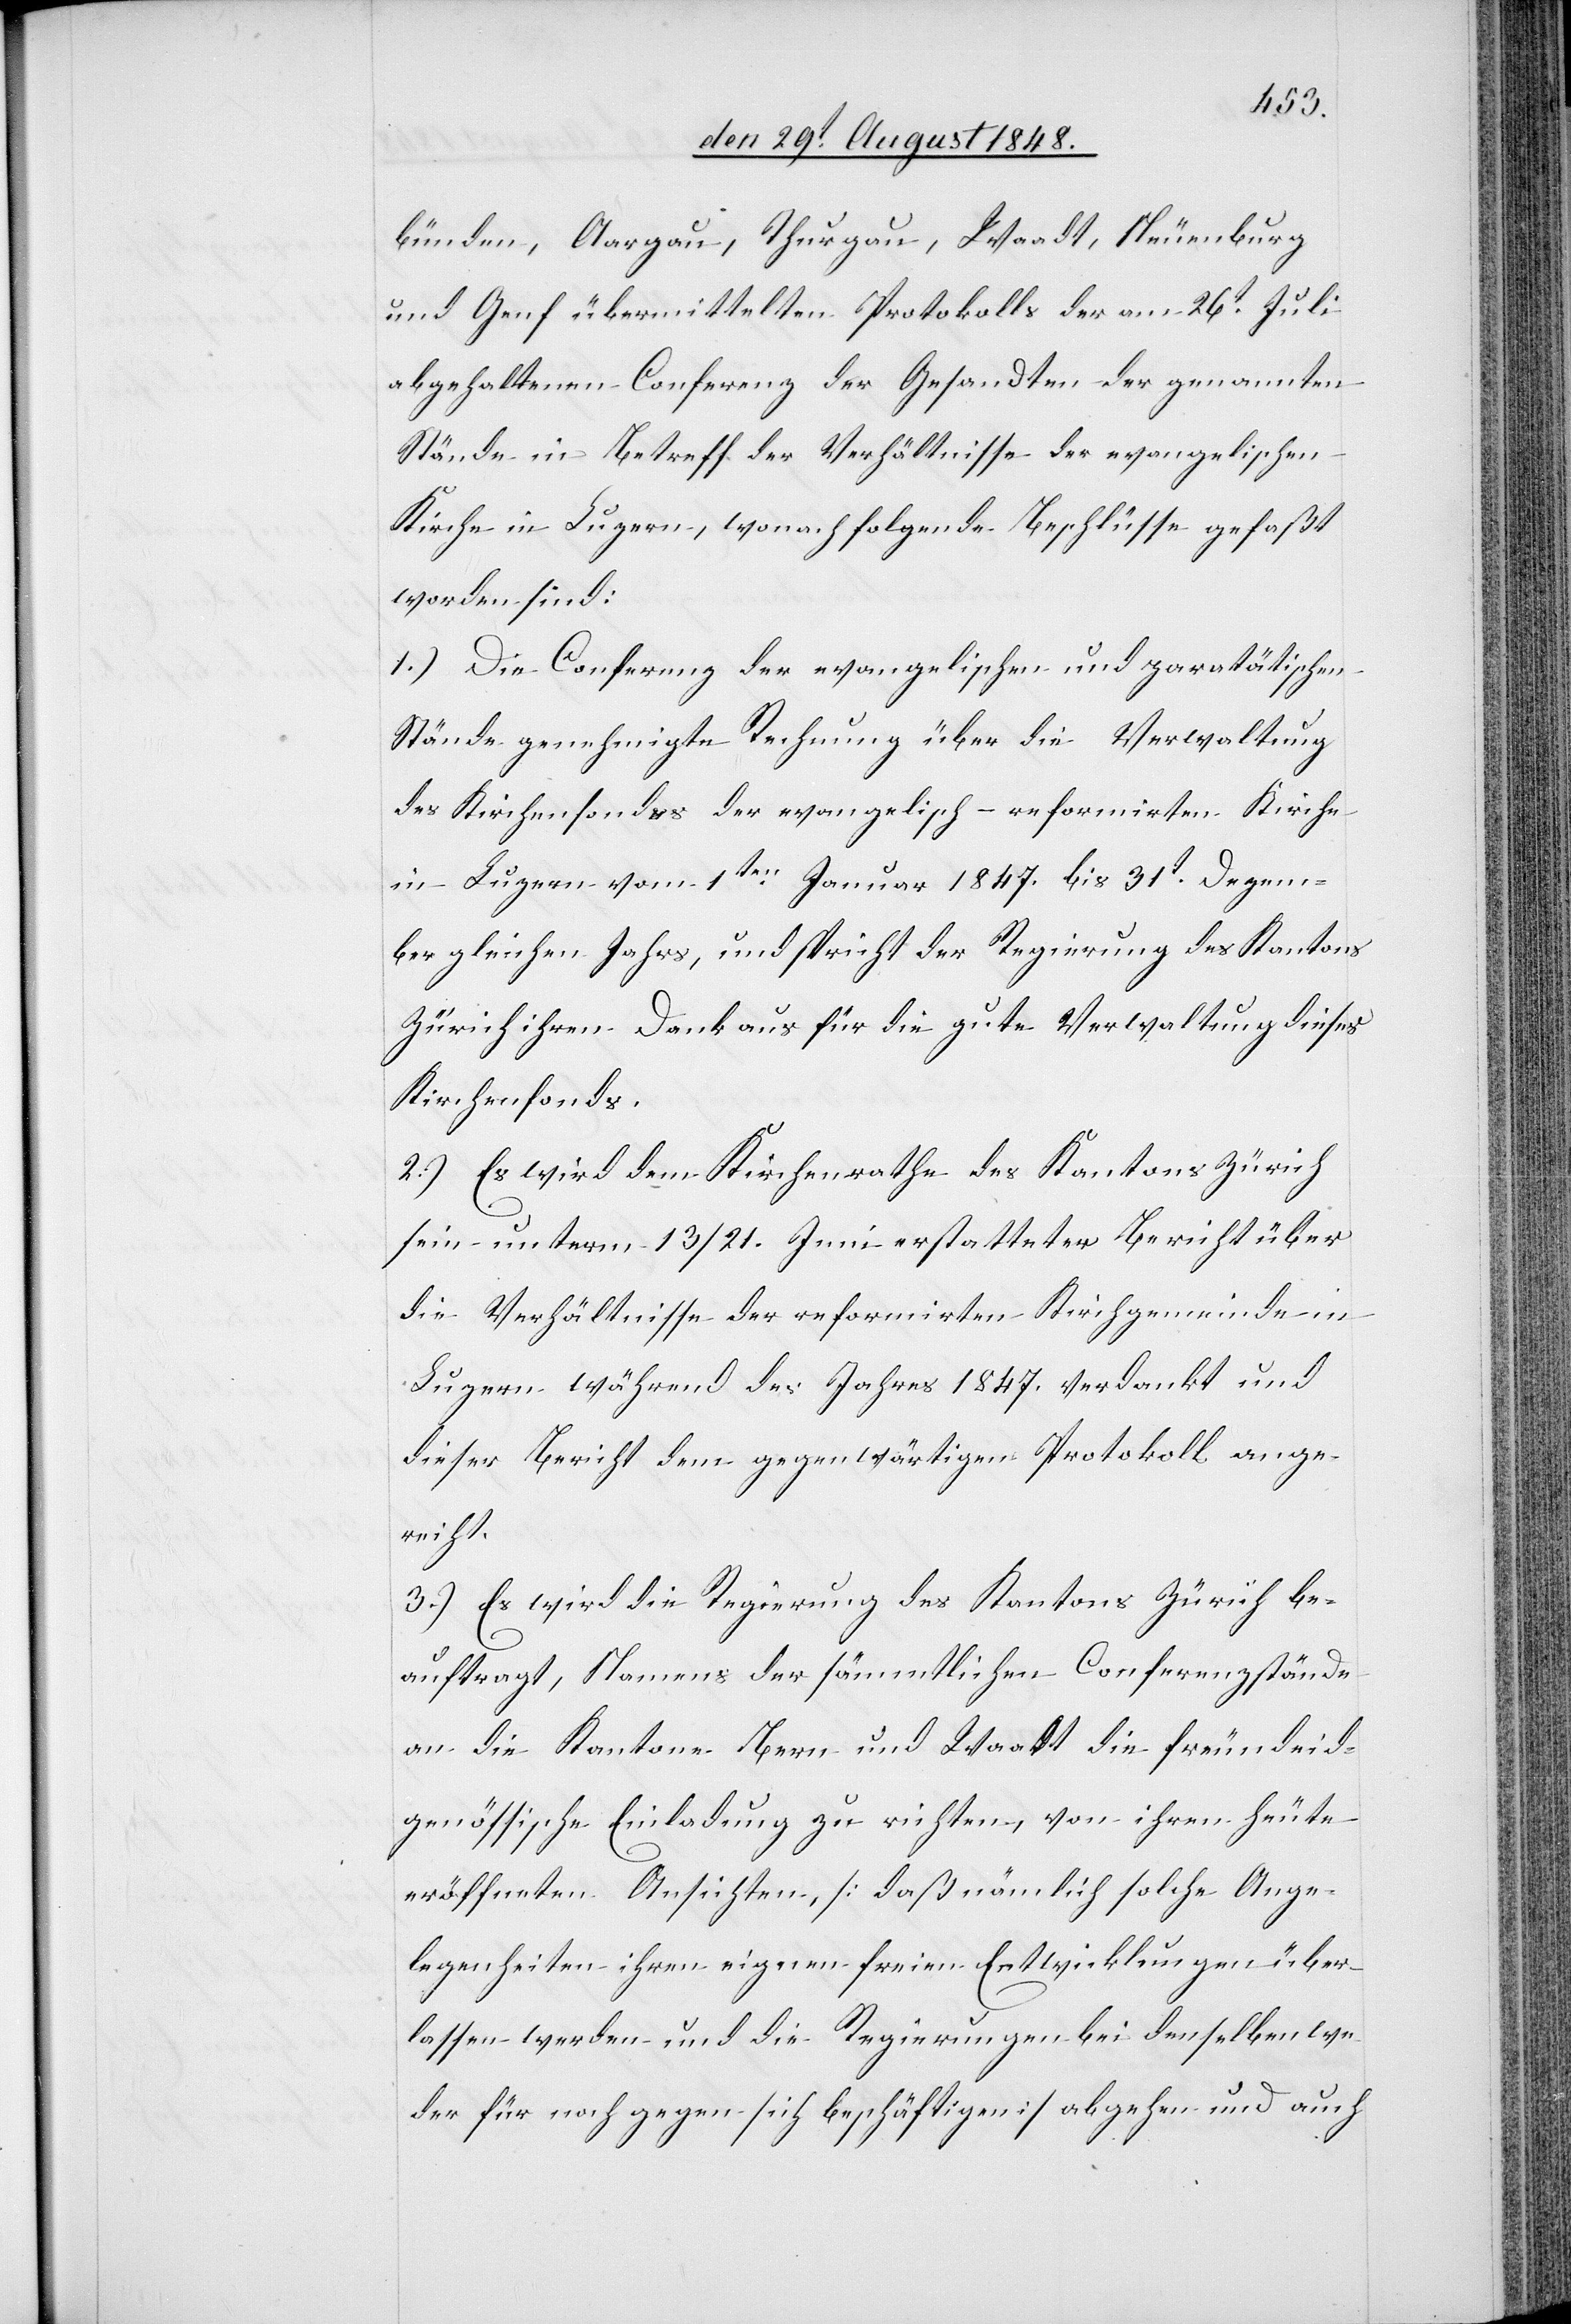
bünden, Aargau, Thurgau, Waadt, Neuenburg
und Genf übermittelten Protokolls der am 26t Juli
abgehaltenen Conferenz der Gesandten der genannten
Ständen in Betreff der Verhältnisse der evangelischen
Kirche in Luzern, wonach folgende Beschlüsse gefaßt
worden sind:
1.) Die Conferenz der evangelischen und paratätischen
Stände genehmigte Rechnung über die Verwaltung
des Kirchenfondes der evangelisch-reformirten Kirche
in Luzern vom 1ten Januar 1847. bis 31.t Dezem¬
ber gleichen Jahrs, und spricht der Regierung des Kantons
Zürich ihren Dank aus für die gute Verwaltung dieses
Kirchenfonds.
2.)Es wird dem Kirchenrathe des Kantons Zürich
sein unterm 31/21. Juni erstatteter Bericht über
die Verhältnisse der refomirten Kirchgemeinde in
Luzern während des Jahres 1847. verdankt und
dieser Bericht dem gegenwärtigen Protokoll ange¬
reicht.
3.) Es wird die Regierung des Kantons Zürich be¬
auftragt, Namens der sämmtlichen Conferenzstände
an die Kantone Bern und Waadt die freundeid¬
genössische Einladung zu richten, von ihren heute
eröffneten Ansichten, [daß nämlich solche Ange¬
legenheiten ihren eignen freien Entwicklungen über¬
lassen werden und die Regierungen bei denselben we¬
der für noch gegen sich beschäftigen] abgehen und auch